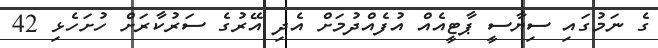
ގެ ނަމުގައި ސިޔާސީ ޕާޓީއެއް އުފެއްދުމަށް އެދި އޭރުގެ ސަރުކާރަށް ހުށަހެޅި 42